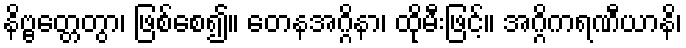
နိဗ္ဗတ္တေတွာ၊ ဖြစ်စေ၍။ တေနအဂ္ဂိနာ၊ ထိုမီးဖြင့်။ အဂ္ဂိကရဏီယာနိ၊